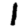
Digit: 1